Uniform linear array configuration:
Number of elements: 64
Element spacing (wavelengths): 1
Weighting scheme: kaiser
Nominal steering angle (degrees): -45
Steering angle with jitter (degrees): -46.039
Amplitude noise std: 0.05
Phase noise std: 0.05

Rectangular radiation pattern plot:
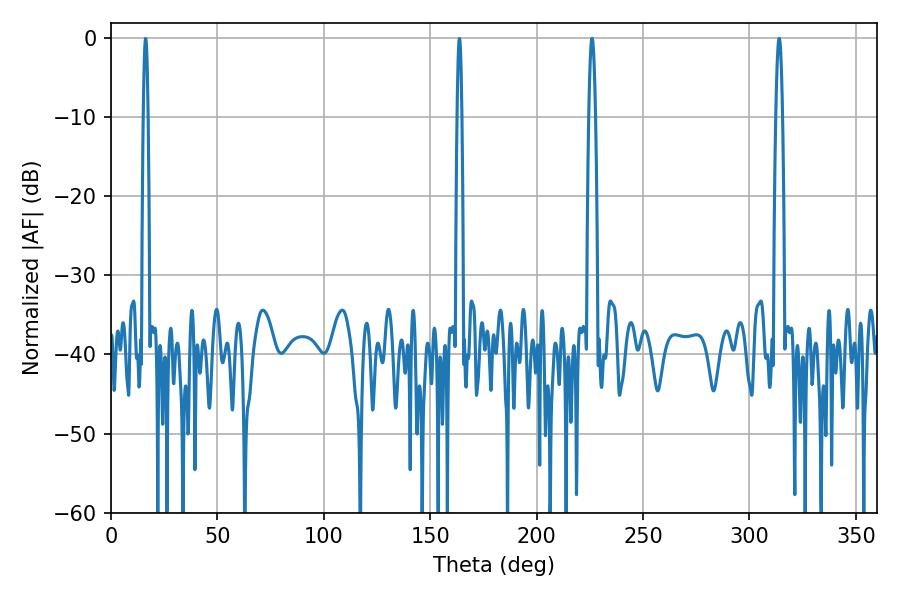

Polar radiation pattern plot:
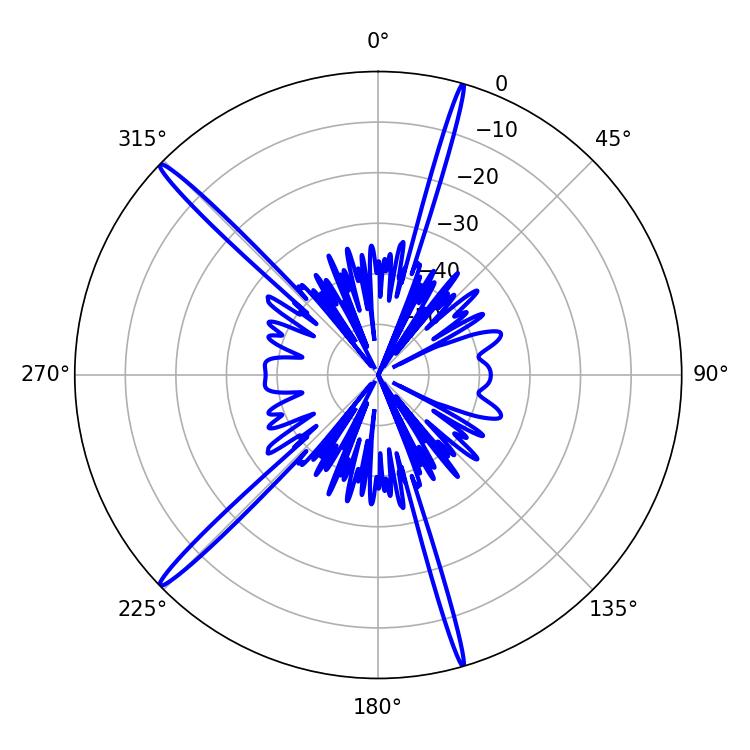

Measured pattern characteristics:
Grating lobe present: TRUE
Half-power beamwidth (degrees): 1.62
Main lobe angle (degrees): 313.92